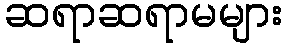
ဆရာဆရာမများ